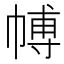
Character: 𭘰